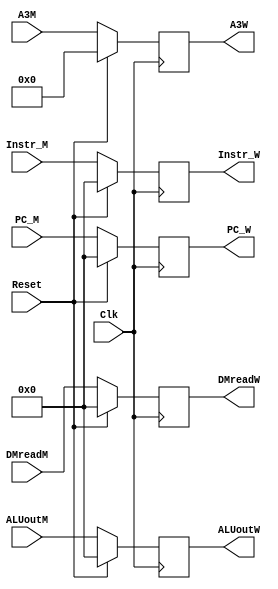
`timescale 1ns / 1ps
//////////////////////////////////////////////////////////////////////////////////
// Company: 
// Engineer: 
// 
// Design Name: 
// Module Name:    Wreg 
// Project Name: 
// Target Devices: 
// Tool versions: 
// Description: 
//
// Dependencies: 
//
// Revision: 
// Revision 0.01 - File Created
// Additional Comments: 
//
//////////////////////////////////////////////////////////////////////////////////
module Wreg(
    input Clk,
    input Reset,
    input [31:0] Instr_M,
    input [4:0] A3M,
    input [31:0] PC_M,
	 
    input [31:0] DMreadM,
	 input [31:0] ALUoutM,
	 
    output reg [31:0] Instr_W,
    output reg [4:0] A3W,
    output reg [31:0] PC_W,
    output reg [31:0] ALUoutW,
	 output reg [31:0] DMreadW
    );
	 
	 always@(posedge Clk) begin
	     if(Reset) begin
		      Instr_W <= 32'b0;
				A3W     <= 5'b0;
				PC_W    <= 32'b0;
				ALUoutW <= 32'b0;
				DMreadW <= 32'b0;
		  end
		  else begin
		      Instr_W <= Instr_M;
				A3W     <= A3M;		
				PC_W    <= PC_M;
				ALUoutW <= ALUoutM;
				DMreadW <= DMreadM;
		  end
	 end


endmodule